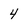
Character: 4